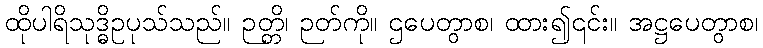
ထိုပါရိသုဒ္ဓိဥပုသ်သည်။ ဉတ္တိ၊ ဉတ်ကို။ ဌပေတွာစ၊ ထား၍၎င်း။ အဋ္ဌပေတွာစ၊